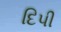
દિપી